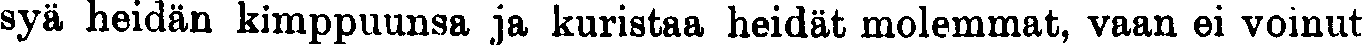
syä heidän kimppuunsa ja kuristaa heidät molemmat, vaan ei voinut